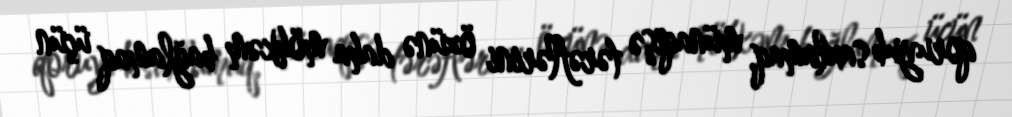
qoruyub saxlamaq, münaqişə tərəflərini özünə daha möhkəm bağlamaq üçün